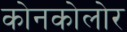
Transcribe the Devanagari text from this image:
कोनकोलोर